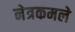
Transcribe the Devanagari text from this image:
नेत्रकमले